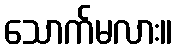
သောက်မလား။